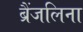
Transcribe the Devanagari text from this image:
ब्रैंजलिना